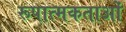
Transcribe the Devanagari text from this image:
रूपात्मकताओं